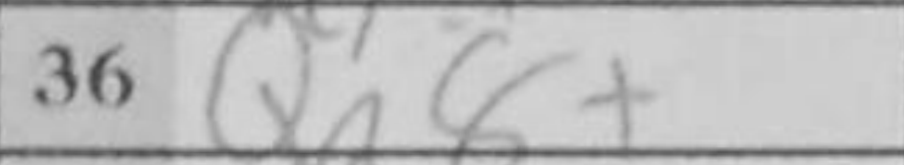
Transcription: Qa8+